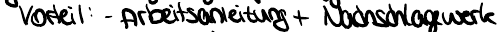
Vorteil: - Arbeitsanleitung + Nachschlagewerk